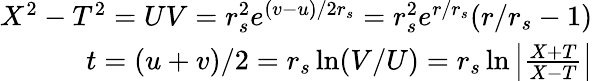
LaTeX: \begin{array}{r}{X^{2}-T^{2}=UV=r_{s}^{2}e^{(v-u)/2r_{s}}=r_{s}^{2}e^{r/r_{s}}(r/r_{s}-1)}\\ {t=(u+v)/2=r_{s}\ln(V/U)=r_{s}\ln\left|\frac{X+T}{X-T}\right|}\end{array}